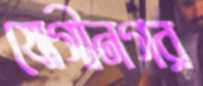
যোগীনগর